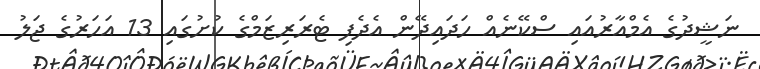
ނަޝީދުގެ އެމްއާރުއައި ސްކޭނެއް ހަދައިދޭން އެދެފި ޓެރަރިޒަމްގެ ކުށުގައި 13 އަހަރުގެ ޖަލު